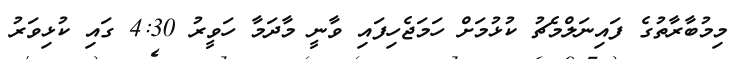
މިމުބާރާތުގެ ފައިނަލްމެޗު ކުޅުމަށް ހަމަޖެހިފައި ވާނީ މާދަމާ ހަވީރު 4:30 ގައި ކުޅިވަރު